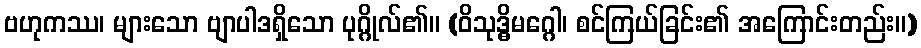
ဗဟုကဿ၊ များသော ဗျာပါဒရှိသော ပုဂ္ဂိုလ်၏။ (ဝိသုဒ္ဓိမဂ္ဂေါ၊ စင်ကြယ်ခြင်း၏ အကြောင်းတည်း။)